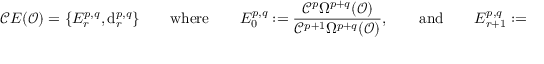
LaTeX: { \mathcal { C } } E ( { \mathcal { O } } ) = \{ E _ { r } ^ { p , q } , { \mathrm { d } } _ { r } ^ { p , q } \} \qquad { \mathrm { w h e r e } } \qquad E _ { 0 } ^ { p , q } : = { \frac { { \mathcal { C } } ^ { p } \Omega ^ { p + q } ( { \mathcal { O } } ) } { { \mathcal { C } } ^ { p + 1 } \Omega ^ { p + q } ( { \mathcal { O } } ) } } , \qquad { \mathrm { a n d } } \qquad E _ { r + 1 } ^ { p , q } : = H ( E _ { r } ^ { p , q } , d _ { r } ^ { p , q } )